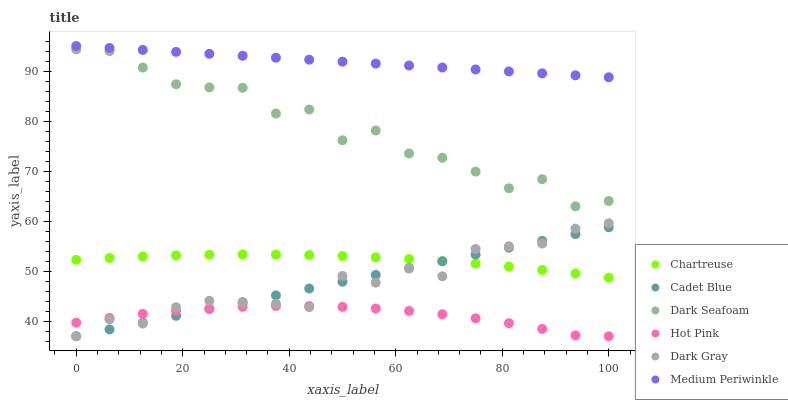
| xaxis_label | Chartreuse | Cadet Blue | Dark Seafoam | Hot Pink | Dark Gray | Medium Periwinkle |
 | --- | --- | --- | --- | --- | --- | --- |
 | 0 | 52.3 | 37 | 94.3 | 39.7 | 37 | 95 |
 | 6.25 | 52.6 | 38.4 | 94 | 40.7 | 40.4 | 94.6 |
 | 12.5 | 52.9 | 39.7 | 90.7 | 41.5 | 39.5 | 94.2 |
 | 18.8 | 53.2 | 41.1 | 87.4 | 42.1 | 42.8 | 93.8 |
 | 25 | 53.3 | 42.4 | 86.7 | 42.6 | 44.1 | 93.4 |
 | 31.2 | 53.4 | 43.8 | 86.6 | 42.9 | 43.7 | 93 |
 | 37.5 | 53.3 | 45.2 | 81.5 | 43.1 | 43.5 | 92.7 |
 | 43.8 | 53.2 | 46.5 | 82.3 | 43 | 42.8 | 92.3 |
 | 50 | 53 | 47.9 | 76.2 | 42.9 | 49.1 | 91.9 |
 | 56.2 | 52.8 | 49.3 | 78.1 | 42.5 | 47.7 | 91.5 |
 | 62.5 | 52.4 | 50.6 | 73.5 | 42.1 | 50.5 | 91.1 |
 | 68.8 | 52 | 52 | 72.7 | 41.4 | 49 | 90.7 |
 | 75 | 51.5 | 53.3 | 69.9 | 40.6 | 54.4 | 90.3 |
 | 81.2 | 50.9 | 54.7 | 66.6 | 39.6 | 55 | 89.9 |
 | 87.5 | 50.3 | 56.1 | 68.4 | 38.5 | 55.5 | 89.5 |
 | 93.8 | 49.5 | 57.4 | 63 | 37.2 | 58.5 | 89.1 |
 | 100 | 48.7 | 58.8 | 64 | 37 | 59.6 | 88.8 |